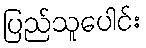
ပြည်သူပေါင်း